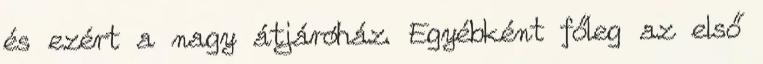
és ezért a nagy átjáróház. Egyébként főleg az első